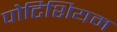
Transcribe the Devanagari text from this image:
पोटिशियम